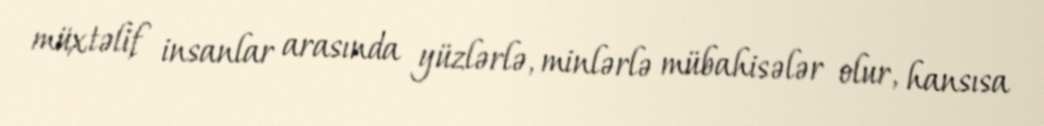
müxtəlif insanlar arasında yüzlərlə, minlərlə mübahisələr olur, hansısa